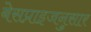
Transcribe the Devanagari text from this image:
बेसप्राइजनुसार